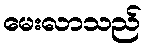
မေးလာသည်